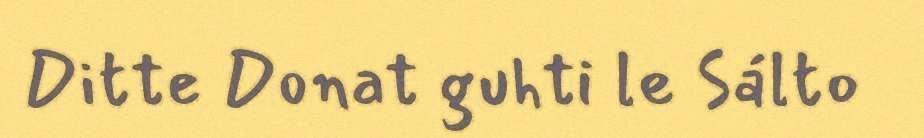
Ditte Donat guhti le Sálto